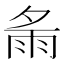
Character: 𩁼